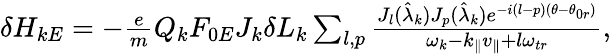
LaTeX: \begin{array}{r}{\delta H_{kE}=-\frac{e}{m}Q_{k}F_{0E}J_{k}\delta L_{k}\sum_{l,p}\frac{J_{l}(\hat{\lambda}_{k})J_{p}(\hat{\lambda}_{k})e^{-i(l-p)(\theta-\theta_{0r})}}{\omega_{k}-k_{\parallel}v_{\parallel}+l\omega_{tr}},}\end{array}